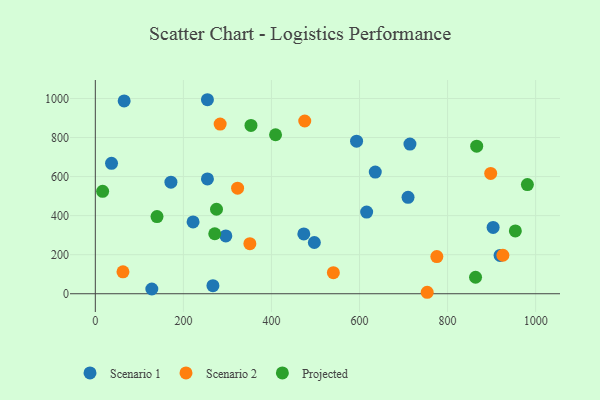
{"axis": {"x": "Investment", "y": "Yield"}, "legend": ["Projected", "Scenario 1", "Scenario 2"], "data": [{"x": "296.4", "y": 296.0, "type": "Scenario 1"}, {"x": "254.6", "y": 588.2, "type": "Scenario 1"}, {"x": "473.5", "y": 306.3, "type": "Scenario 1"}, {"x": "128.3", "y": 24.3, "type": "Scenario 1"}, {"x": "497.4", "y": 262.3, "type": "Scenario 1"}, {"x": "254.6", "y": 993.6, "type": "Scenario 1"}, {"x": "714.5", "y": 766.6, "type": "Scenario 1"}, {"x": "222.0", "y": 367.7, "type": "Scenario 1"}, {"x": "635.8", "y": 623.1, "type": "Scenario 1"}, {"x": "171.7", "y": 571.6, "type": "Scenario 1"}, {"x": "267.1", "y": 41.1, "type": "Scenario 1"}, {"x": "593.3", "y": 781.3, "type": "Scenario 1"}, {"x": "903.4", "y": 339.4, "type": "Scenario 1"}, {"x": "65.5", "y": 987.5, "type": "Scenario 1"}, {"x": "616.2", "y": 418.1, "type": "Scenario 1"}, {"x": "710.2", "y": 493.8, "type": "Scenario 1"}, {"x": "36.8", "y": 667.7, "type": "Scenario 1"}, {"x": "919.2", "y": 196.3, "type": "Scenario 1"}, {"x": "540.6", "y": 107.9, "type": "Scenario 2"}, {"x": "283.5", "y": 869.0, "type": "Scenario 2"}, {"x": "925.6", "y": 197.0, "type": "Scenario 2"}, {"x": "475.6", "y": 884.7, "type": "Scenario 2"}, {"x": "753.7", "y": 7.5, "type": "Scenario 2"}, {"x": "62.8", "y": 112.3, "type": "Scenario 2"}, {"x": "323.1", "y": 540.5, "type": "Scenario 2"}, {"x": "351.0", "y": 256.6, "type": "Scenario 2"}, {"x": "897.9", "y": 616.0, "type": "Scenario 2"}, {"x": "775.6", "y": 190.5, "type": "Scenario 2"}, {"x": "271.2", "y": 307.1, "type": "Projected"}, {"x": "16.6", "y": 524.4, "type": "Projected"}, {"x": "275.2", "y": 432.6, "type": "Projected"}, {"x": "409.3", "y": 814.3, "type": "Projected"}, {"x": "953.9", "y": 321.8, "type": "Projected"}, {"x": "866.1", "y": 755.6, "type": "Projected"}, {"x": "863.5", "y": 84.5, "type": "Projected"}, {"x": "353.5", "y": 861.9, "type": "Projected"}, {"x": "981.2", "y": 559.3, "type": "Projected"}, {"x": "140.1", "y": 395.2, "type": "Projected"}]}